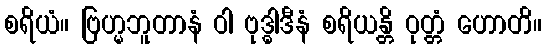
စရိယံ။ ဗြဟ္မဘူတာနံ ဝါ ဗုဒ္ဓါဒီနံ စရိယန္တိ ဝုတ္တံ ဟောတိ။